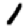
Digit: 1